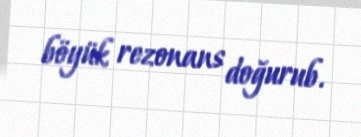
böyük rezonans doğurub.